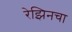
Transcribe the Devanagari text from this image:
रेझिनचा